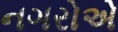
નગરોએ